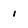
Character: i